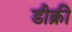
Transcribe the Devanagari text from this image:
डीक्री